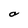
Character: a